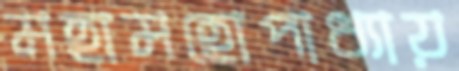
মহামহোপাধ্যায়